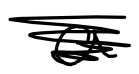
Text: a
Cross-out: scratch
Writing tool: digital_black